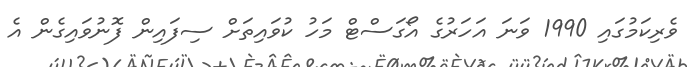
ވެރިކަމުގައި 1990 ވަނަ އަހަރުގެ އޯގަސްޓް މަހު ކުވައިތަށް ސިފައިން ފޮނުވައިގެން އެ